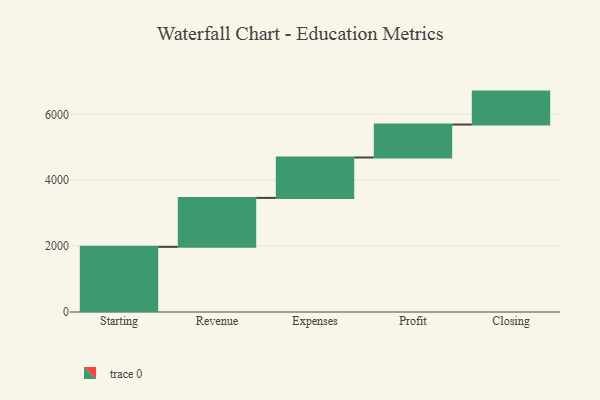
{"axis": {"x": "Step", "y": "Value"}, "legend": [""], "data": [{"x": "Starting", "y": 1978.0, "type": ""}, {"x": "Revenue", "y": 1486.0, "type": ""}, {"x": "Expenses", "y": 1227.0, "type": ""}, {"x": "Profit", "y": 1000, "type": ""}, {"x": "Closing", "y": 1000, "type": ""}]}